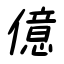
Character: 億